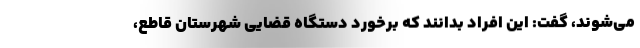
می‌شوند، گفت: این افراد بدانند که برخورد دستگاه قضایی شهرستان قاطع،